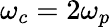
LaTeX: \omega_{c}=2\omega_{p}